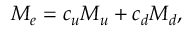
M _ { e } = c _ { u } M _ { u } + c _ { d } M _ { d } ,